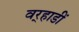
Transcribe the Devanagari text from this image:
वर्‍हाडीं